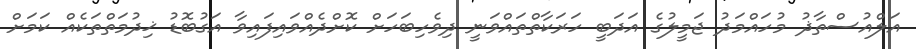
އަލްއުސްތާޛު މުހައްމަދު ޖަމީލުގެ އަދަބީ ހަރަކާތްތައްވަނީ ދިވެހިބަހަށް ކޮށްދެއްވައިފައިވާ އަގުބޮޑު ޚިދުމަތްތަކެއް ކަމަށް